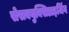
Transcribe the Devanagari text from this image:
सेसक्युक्सिडाइजिंग